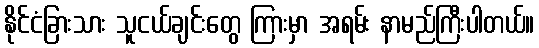
နိုင်ငံခြားသား သူငယ်ချင်းတွေ ကြားမှာ အရမ်း နာမည်ကြီးပါတယ်။